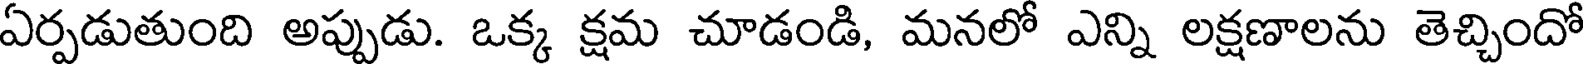
ఏర్పడుతుంది అప్పుడు. ఒక్క క్షమ చూడండి, మనలో ఎన్ని లక్షణాలను తెచ్చిందో